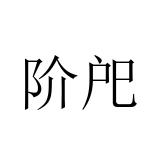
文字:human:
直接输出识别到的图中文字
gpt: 阶戺